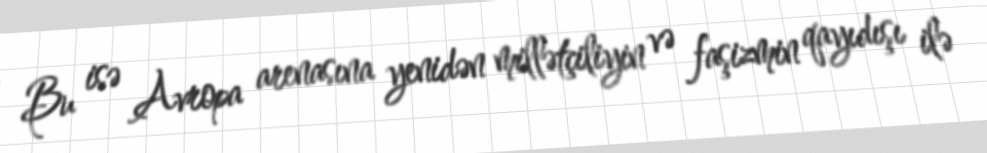
Bu isə Avropa arenasına yenidən millətçiliyin və faşizmin qayıdışı ilə